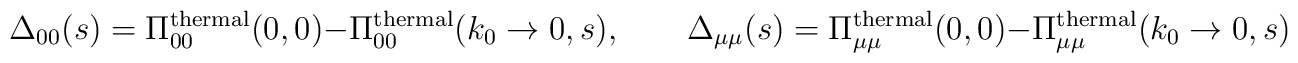
\Delta_{00}(s) = \Pi_{00}^{\rm thermal}(0,0) -\Pi_{00}^{\rm thermal} (k_{0}\rightarrow 0,s),\qquad\Delta_{\mu\mu} (s) = \Pi_{\mu\mu}^{\rm thermal} (0,0) -\Pi_{\mu\mu}^{\rm thermal} (k_{0}\rightarrow 0,s)